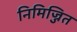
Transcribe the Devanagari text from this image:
निमिज्जित